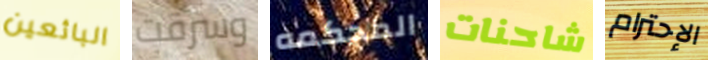
البائعين وسرقت المحكمه شاحنات الإحترام